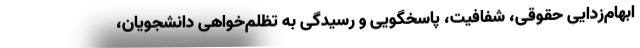
ابهام‌زدایی حقوقی، شفافیت، پاسخگویی و رسیدگی به تظلم‌خواهی دانشجویان،